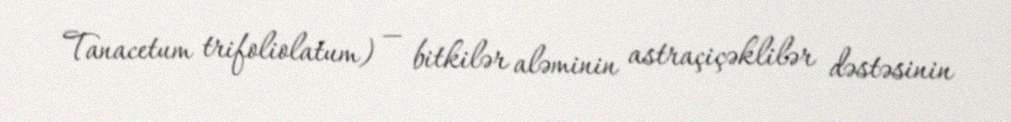
Tanacetum trifoliolatum) — bitkilər aləminin astraçiçəklilər dəstəsinin